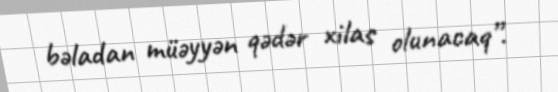
bəladan müəyyən qədər xilas olunacaq”.